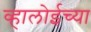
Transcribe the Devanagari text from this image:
व्हालोईच्या